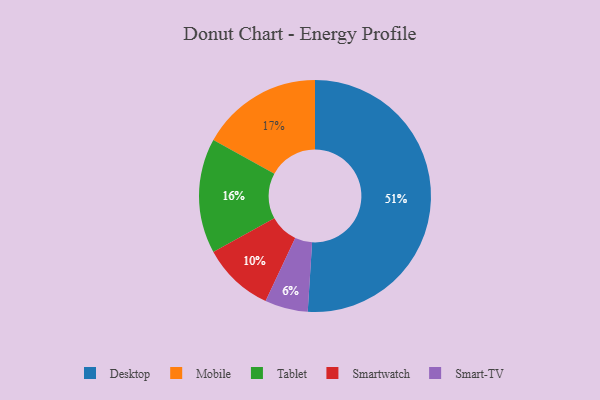
{"axis": {"x": "Category", "y": "Percentage"}, "legend": ["Desktop", "Mobile", "Smart-TV", "Smartwatch", "Tablet"], "data": [{"x": "Smartwatch", "y": 10, "type": "Smartwatch"}, {"x": "Smart-TV", "y": 6, "type": "Smart-TV"}, {"x": "Mobile", "y": 17, "type": "Mobile"}, {"x": "Desktop", "y": 51, "type": "Desktop"}, {"x": "Tablet", "y": 16, "type": "Tablet"}]}